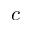
c